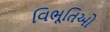
વિભૂતિઓ